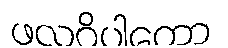
ဖလဝိပါကော